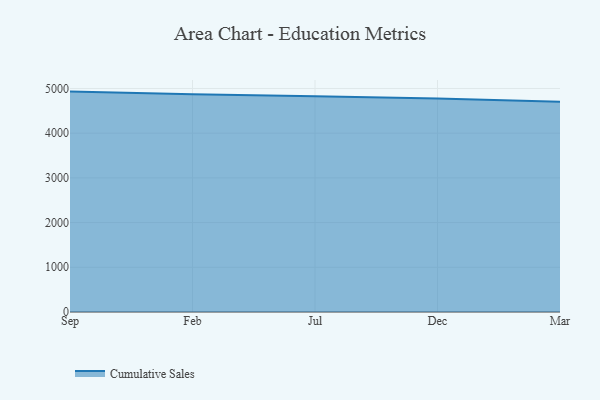
{"axis": {"x": "Month", "y": "Operating Costs (USD K)"}, "legend": ["Cumulative Sales"], "data": [{"x": "Sep", "y": 4930.0, "type": "Cumulative Sales"}, {"x": "Feb", "y": 4870.1, "type": "Cumulative Sales"}, {"x": "Jul", "y": 4828.4, "type": "Cumulative Sales"}, {"x": "Dec", "y": 4773.1, "type": "Cumulative Sales"}, {"x": "Mar", "y": 4700.7, "type": "Cumulative Sales"}]}